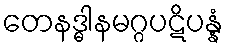
တေနဒ္ဓါနမဂ္ဂပဋိပန္နံ